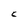
Character: C